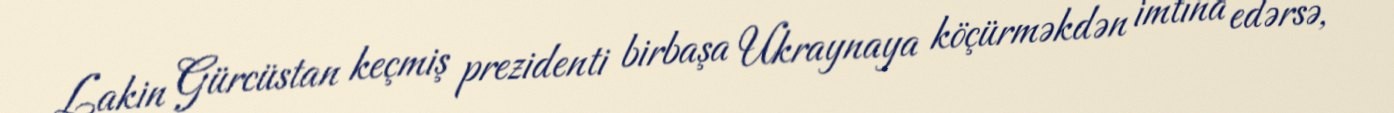
Lakin Gürcüstan keçmiş prezidenti birbaşa Ukraynaya köçürməkdən imtina edərsə,